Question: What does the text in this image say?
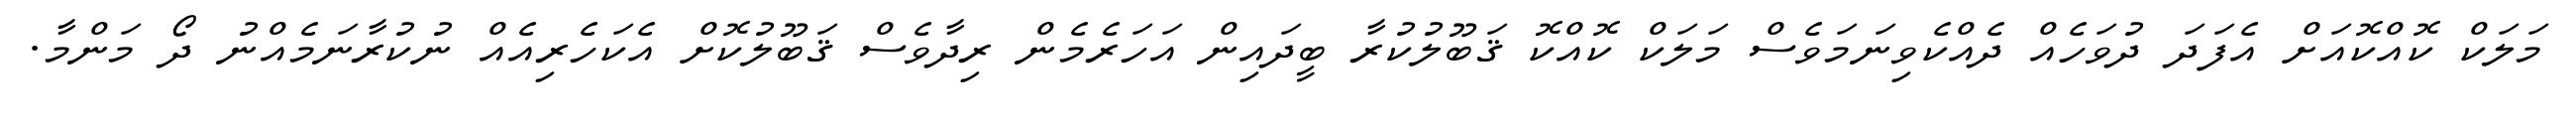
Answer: މަލަކް ކޮއްކޮއަށް އެފަދަ ދުވަހެއް ދެއްކެވިނަމަވެސް މަލަކް ކޮއްކޮ ޤަބޫލުކުރާ ބީދައިން އަހަރެމެން ރިދާވެސް ޤަބޫލުކޮށް އެކަހެރިއެއް ނުކުރާނަމެއްނު ދޯ މަންމާ.